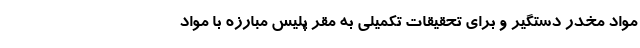
مواد مخدر دستگیر و برای تحقیقات تکمیلی به مقر پلیس مبارزه با مواد